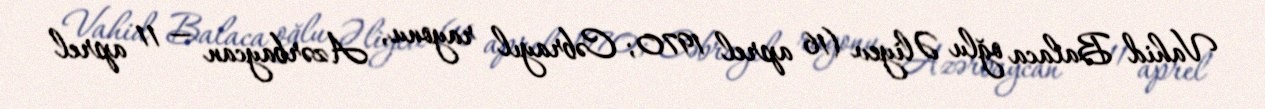
Vahid Balaca oğlu Əliyev (16 aprel 1970; Cəbrayıl rayonu, Azərbaycan — 11 aprel